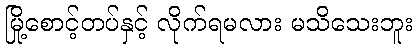
မြို့စောင့်တပ်နှင့် လိုက်ရမလား မသိသေးဘူး